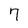
Character: 7